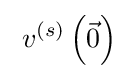
\;v^{(s)}\left({\vec {0}}\right)